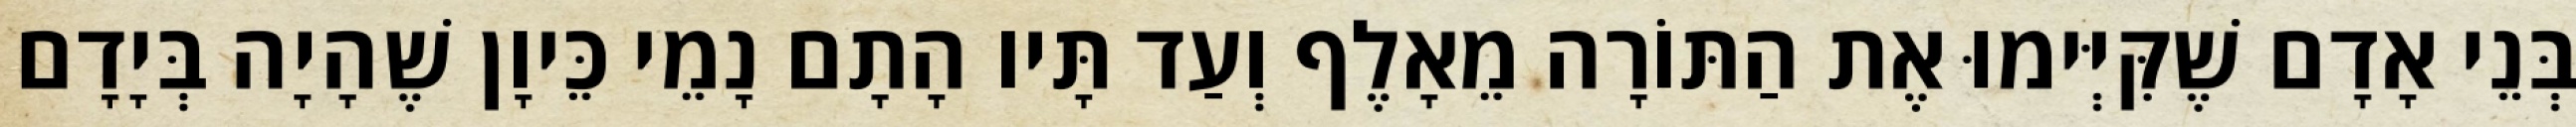
בְּנֵי אָדָם שֶׁקִּיְּימוּ אֶת הַתּוֹרָה מֵאָלֶף וְעַד תָּיו הָתָם נָמֵי כֵּיוָן שֶׁהָיָה בְּיָדָם